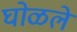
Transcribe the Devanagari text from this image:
घोळले